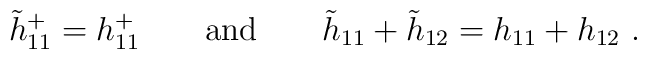
\tilde h_{11}^+=h_{11}^+ \qquad \mbox{and}\qquad\tilde h_{11} +\tilde h_{12}=h_{11} +h_{12} ~.